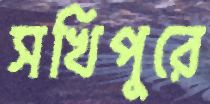
সখিপুরে